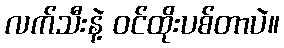
လက်သီးနဲ့ ဝင်ထိုးပစ်တာပဲ။